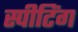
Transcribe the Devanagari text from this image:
स्पीटिंग